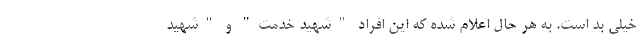
خیلی بد است. به هر حال اعلام شده که این افراد "شهید خدمت" و "شهید